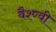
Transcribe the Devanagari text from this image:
वैश्ण्वी